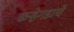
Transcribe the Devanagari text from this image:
कऱ्हेगडाचे